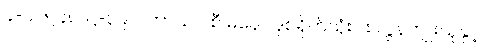
၄-ပါ-၅၄၈၊ ဋ္ဌ-၃၉၀၊ ကာယ ဝစီ မနော ဒုစရိုက်သုံးပါး လွန်ကျူးသူနှင့်